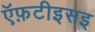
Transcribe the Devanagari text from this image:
ऍफ़टीइसइ